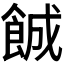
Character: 𬲐